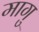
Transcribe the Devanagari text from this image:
मागु